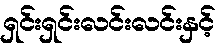
ရှင်းရှင်းလင်းလင်းနှင့်